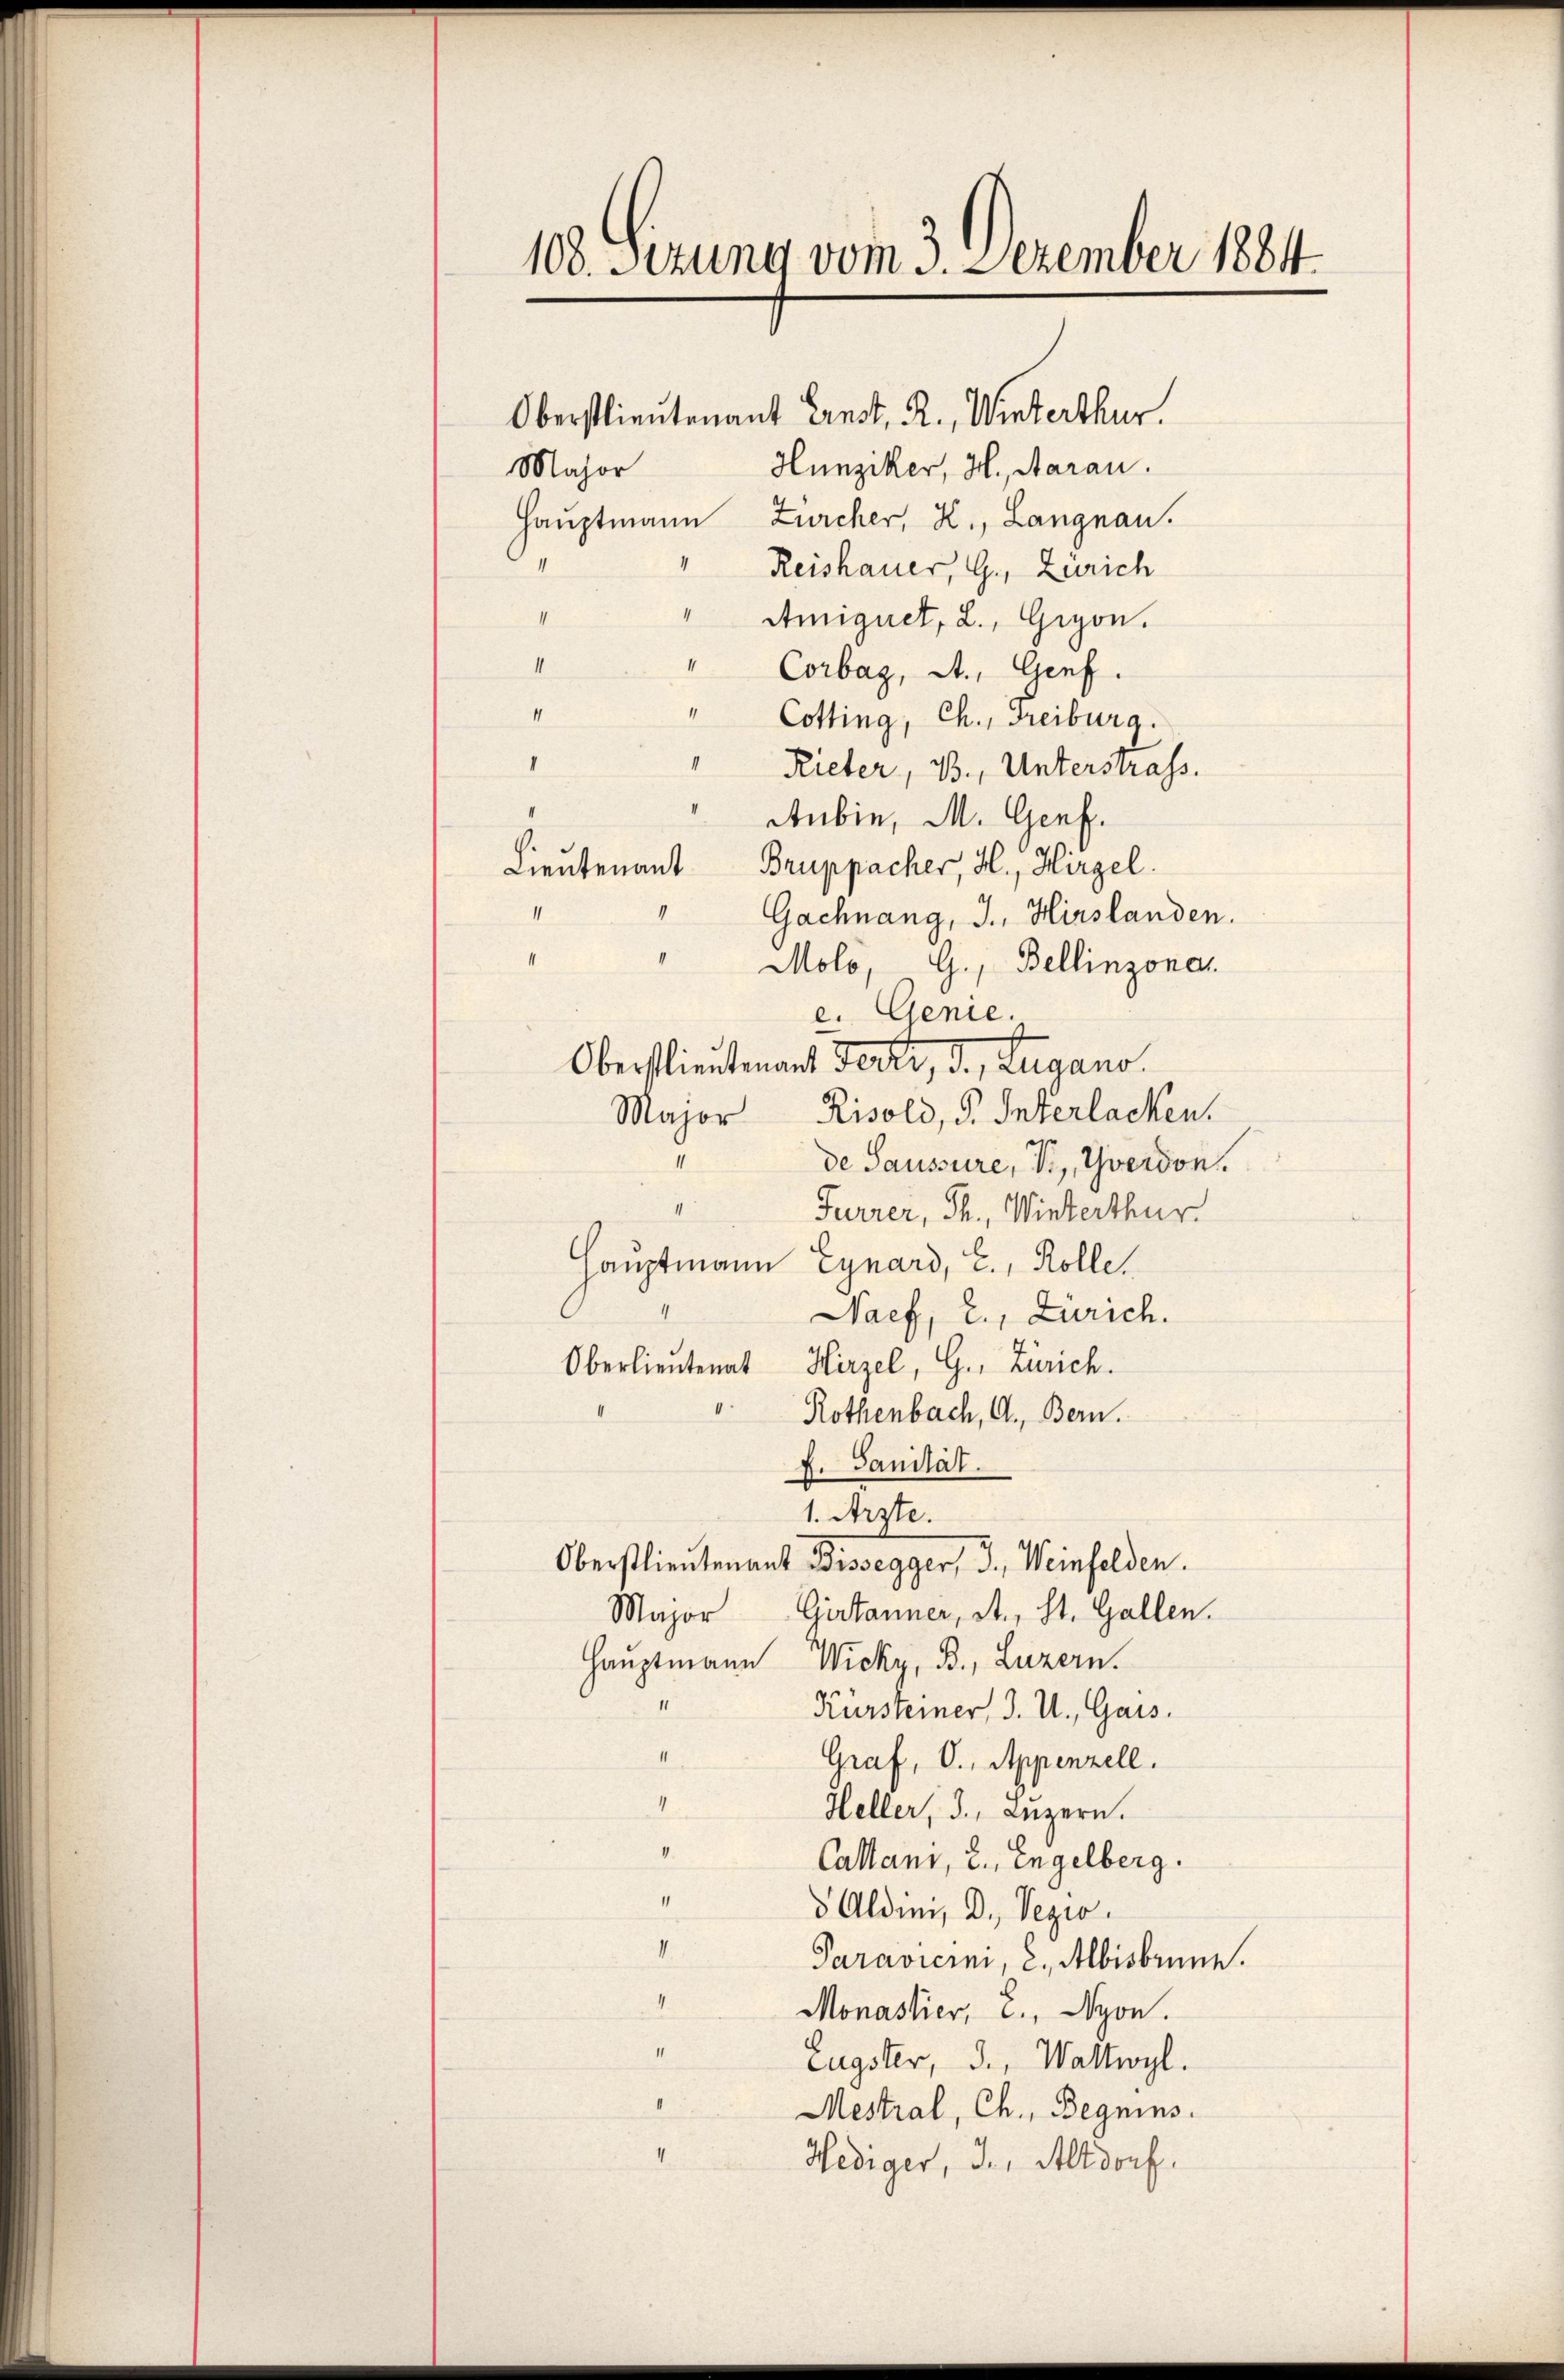
108. Sezung vom 3. Dezember 1884.

Oberstlieutenant Ernst, R., Winterthur.
Hunziker, H., Aarau
Major
Hauptmann Zürcher, K., Langnau.
Reishauer, G., Zürich
II
Atmignet, 2., Gigon.
4
Corbas, St. Genf.
4
Cotting, Ch., Freiburg.
4
I
Rieter, 3., Unterstraf.
Aubin, M. Genf.
Lieutenant Bruppacher, H., Hirzel.
¬
" Gachnang, J., Hirslanden.
Molo, G., Bellinzona
e. Genie.
Oberstlieutenant Ferti, d. Lugano.
Risold, F. Interlacken.
Major
s
de Saussure, I, Yverdon.
1
Furrer, Th., Winterthur
Hauptmann Eynard, E., Rolle.
Naef, 2., Zürich.
Oberlieutenat, Hirzel, G. Zürich.
Rothenbach, A. Bern.
f. Sanität.
1. Arzte.
Oberstlieutenant Bissegger, J., Weinfelden.
Girtanner, St., St. Gallen.
Major
Hauptmann Wicky, B., Luzern.
1
Kürsteiner, J. U. Gais.
1
Graf, O., Appenzell.
4
Heller, 3., Luzern.
I
Callani, 2., Engelberg.
“
8 Aldii, D. Pezio
II.
Paraviern, C., Albisbrunn.
“
Monastier, 2., Nyon.
II
Eugster, 3., Wallwyl.
Mestral, Ch., Begnins.
Hediger, der Altdorf.